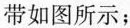
带如图所示；